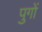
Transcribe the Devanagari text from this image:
पुगों